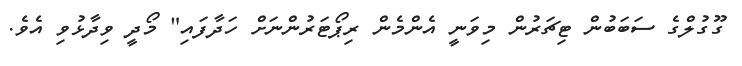
ގޫގުލްގެ ސަބަބުން ޓިޗަރުން މިވަނީ އެންމެން ރިޕޯޓަރުންނަށް ހަދާފައި" މޯދީ ވިދާޅުވި އެވެ.